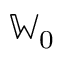
\mathbb { W } _ { 0 }